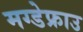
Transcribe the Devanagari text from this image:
मग्डेफ्राउ